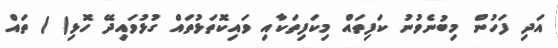
އަދި ފަހުން މިބުނެވުނު ކަފިތައް މިކަފިތަކާއި ވައިކޮތަޅުތައް ގުޅުވައިދޭ ހޮޅި( ) ތައް